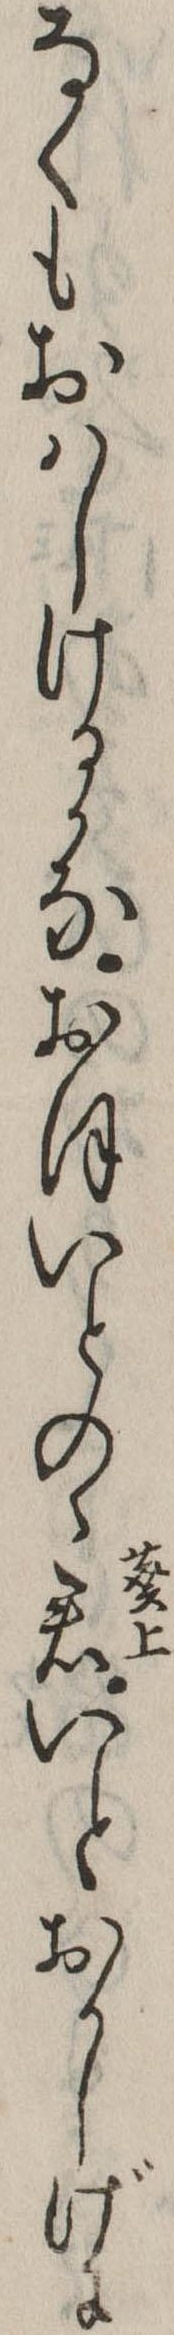
なくもおはしけるかなおほいとのゝ君いとおかしげに